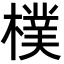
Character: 樸